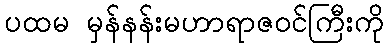
ပထမ မှန်နန်းမဟာရာဇဝင်ကြီးကို